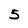
Character: 5